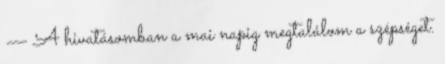
— A hivatásomban a mai napig megtalálom a szépséget.